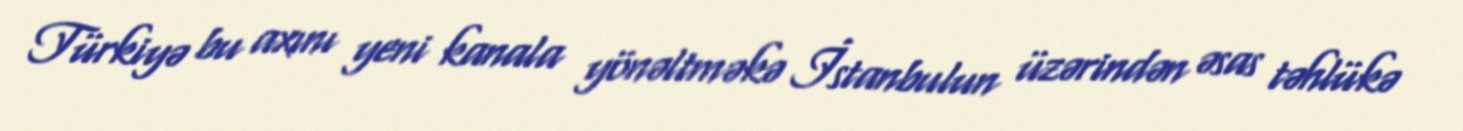
Türkiyə bu axını yeni kanala yönəltməkə İstanbulun üzərindən əsas təhlükə